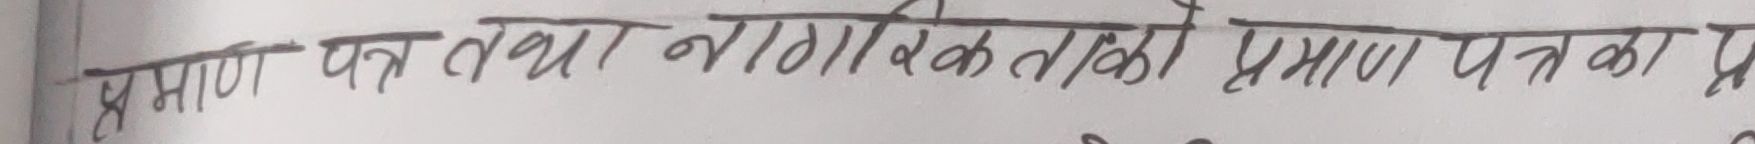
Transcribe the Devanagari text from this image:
प्रमाण पत्र तथा नागरिकताको प्रमाण पत्र का प्र